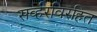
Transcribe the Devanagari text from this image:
सर्व्हरविरहित